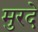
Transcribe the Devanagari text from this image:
मुरदे